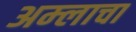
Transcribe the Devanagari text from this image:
अम्‍लाचा